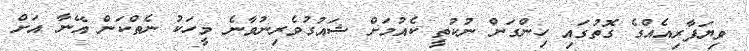
ވިޔަފާރިއެއްގެ ގޮތުގައި ހިންގަން ނުކުތީ ކެއުމަށް ޝައުގުވެރިނުވާނެ މީހަކު ނެތްކަން އޭނާ އަށް